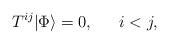
LaTeX: \begin{align*}T^{ij}|\Phi\rangle=0, \quad \;\;i<j,\end{align*}